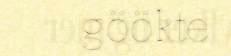
göökte